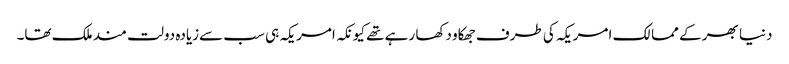
دنیا بھر کے ممالک امریکہ کی طرف جھکاو دکھا رہے تھے کیونکہ امریکہ ہی سب سےزیادہ دولت مند ملک تھا۔